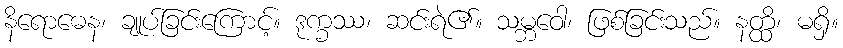
နိရောဓေန၊ ချုပ်ခြင်းကြောင့်။ ဒုက္ခဿ၊ ဆင်းရဲ၏။ သမ္ဘဝေါ၊ ဖြစ်ခြင်းသည်။ နတ္ထိ၊ မရှိ။